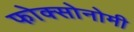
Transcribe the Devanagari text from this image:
फोक्सोनोमी